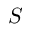
S